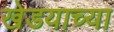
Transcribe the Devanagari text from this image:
खेडयाच्या